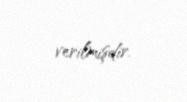
verilmişdir.